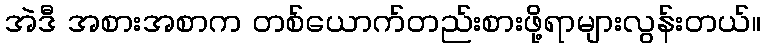
အဲဒီ အစားအစာက တစ်ယောက်တည်းစားဖို့ရာများလွန်းတယ်။